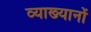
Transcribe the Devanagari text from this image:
व्‍याख्‍यानों